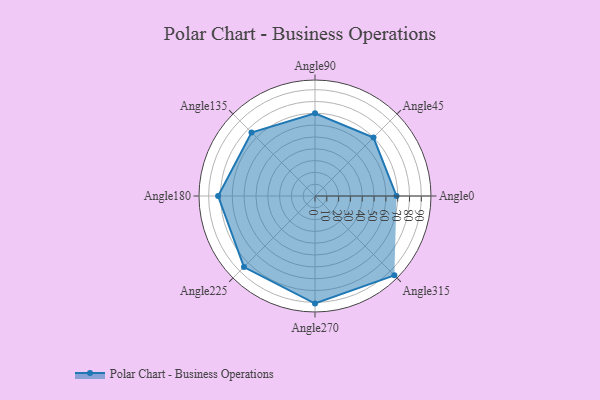
{"axis": {"x": "Angle", "y": "Radius"}, "legend": [""], "data": [{"x": "Angle0", "y": 69.0, "type": ""}, {"x": "Angle45", "y": 70.0, "type": ""}, {"x": "Angle90", "y": 70.0, "type": ""}, {"x": "Angle135", "y": 76.0, "type": ""}, {"x": "Angle180", "y": 82.0, "type": ""}, {"x": "Angle225", "y": 85.0, "type": ""}, {"x": "Angle270", "y": 91.0, "type": ""}, {"x": "Angle315", "y": 95.0, "type": ""}]}